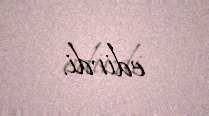
edirdi.